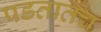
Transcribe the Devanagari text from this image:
पडतातच